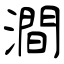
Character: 澗